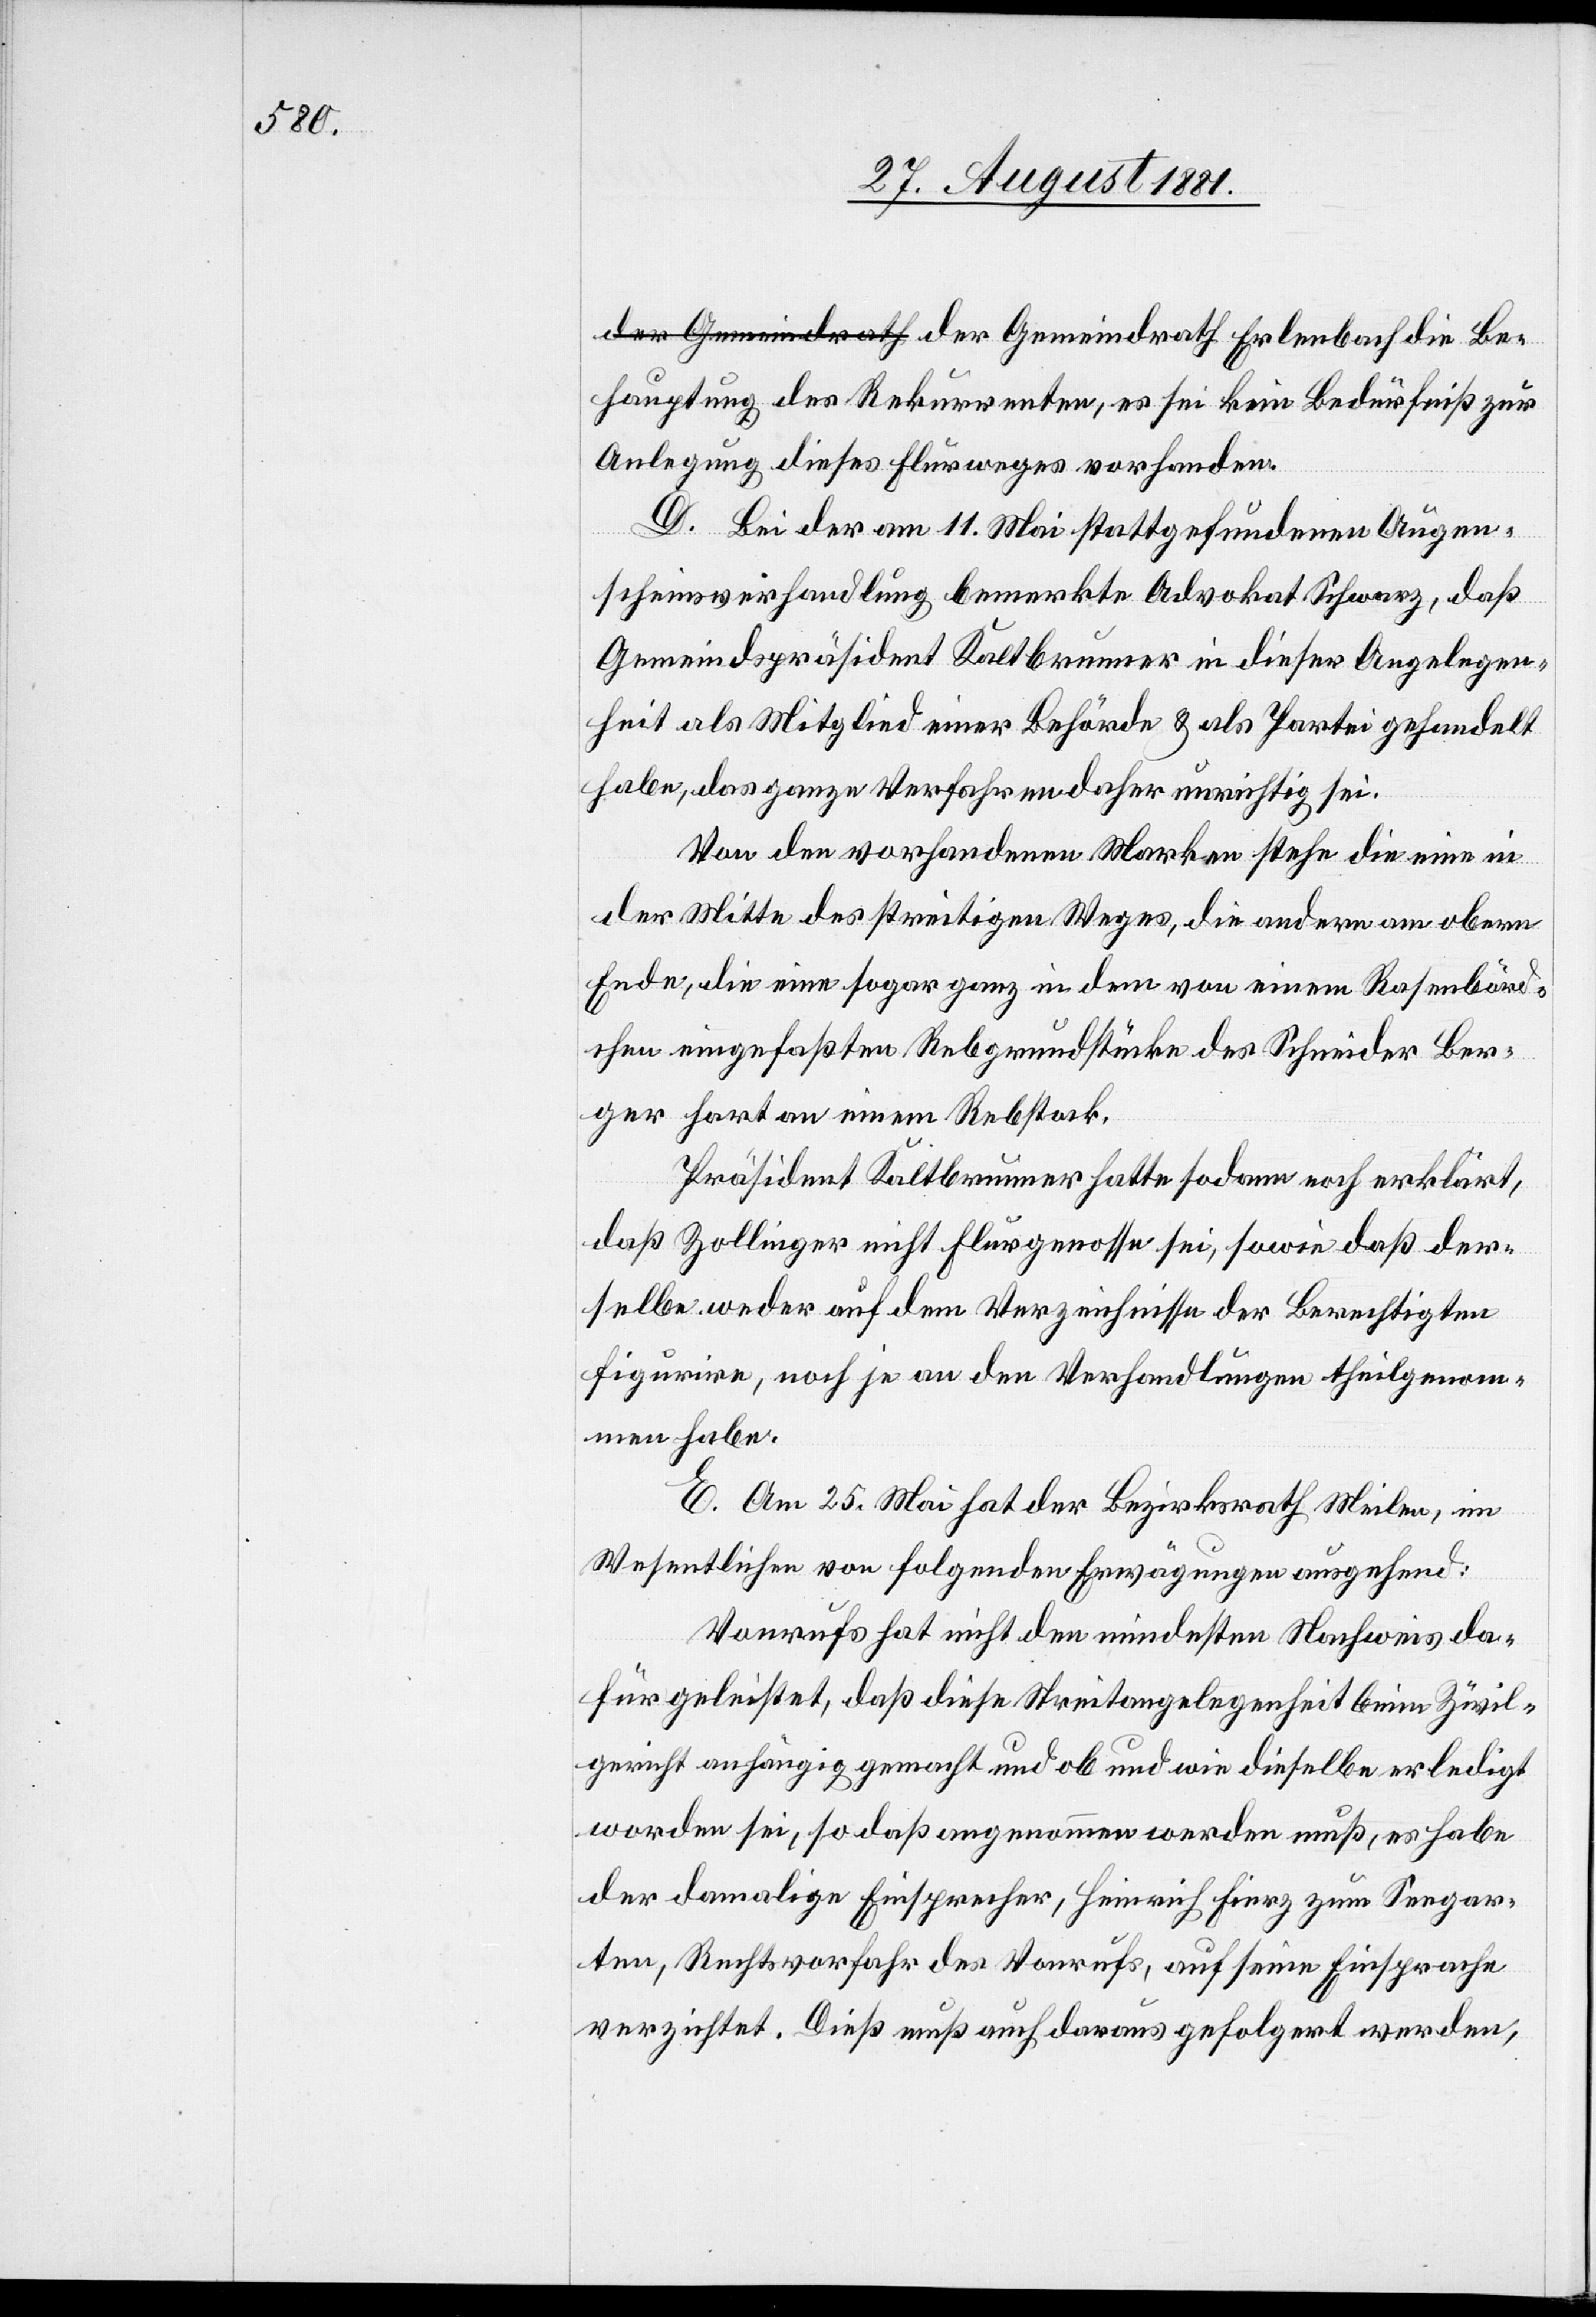
Behauptung des Rekurrenten, es sei kein Bedürfniß zur
Anlegung dieses Flurweges vorhanden.
D. Bei der am 11. Mai stattgefundenen Augen¬
scheinsverhandlung bemerkte Advokat Schwarz, daß
Gemeindspräsident Kaltbrunner in dieser Angelegen¬
heit als Mitglied einer Behörde & als Partei gehandelt
habe, das ganze Verfahren daher unrichtig sei.
Von den vorhandenen Marken stehe die eine in
der Mitte des streitigen Weges, die andere am obern
Ende, die eine sogar ganz in dem von einem Rasenbörd¬
chen eingefaßten Rebgrundstücke des Schneider Ber¬
ger hart an einem Rebstock.
Präsident Kaltbrunner hatte sodann noch erklärt,
daß Zollinger nicht Flurgenosse sei, sowie daß der¬
selbe weder auf dem Verzeichnisse der Berechtigten
figurire, noch je an den Verhandlungen theilgenom¬
men habe.
E. Am 25. Mai hat der Bezirksrath Meilen, im
Wesentlichen von folgenden Erwägungen ausgehend:
Vonrufs hat nicht den mindesten Nachweis da¬
für geleistet, daß diese Streitangelegenheit beim Zivil¬
gericht anhängig gemacht und ob und wie dieselbe erledigt
worden sei, so daß angenommen werden muß, es habe
der damalige Einsprecher, Heinrich Fierz zum Seegar¬
ten, Rechtsvorfahr des Vonrufs, auf seine Einsprache
verzichtet. Dieß muß auch daraus gefolgert werden,